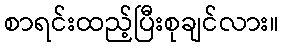
စာရင်းထည့်ပြီးစုချင်လား။